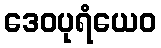
ဒေဝပုရံယေဝ